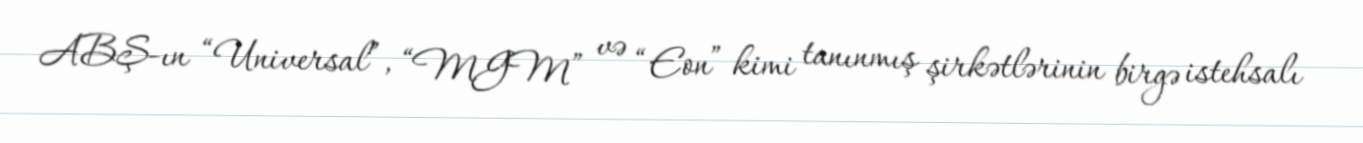
ABŞ-ın “Universal”, “MGM” və “Eon” kimi tanınmış şirkətlərinin birgə istehsalı